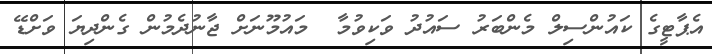
އެޕާޓީގެ ކައުންސިލް މެންބަރު ސައުދު ވަކިވުމާ  މައުމޫނަށް ޖާނުދެމުން ގެންދިޔަ ވަށްޑޭ